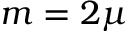
m = 2 \mu